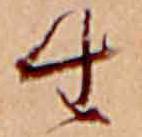
生